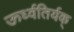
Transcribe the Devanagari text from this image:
ऊर्ध्वतिर्यक्‌